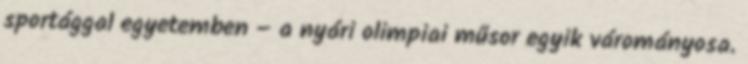
sportággal egyetemben – a nyári olimpiai műsor egyik várományosa.